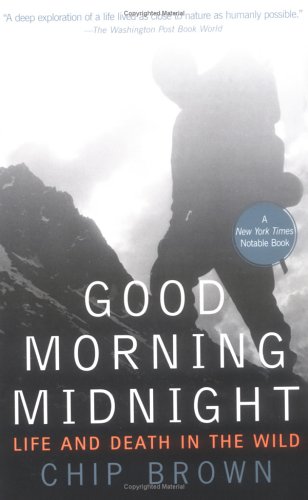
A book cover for Good Morning Midnight: Life and Death in the Wild; Chip Brown; Biographies & Memoirs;